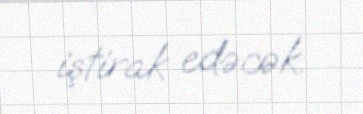
iştirak edəcək.